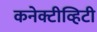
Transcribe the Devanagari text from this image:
कनेक्टीव्हिटी